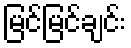
မြင်မြင်ချင်း